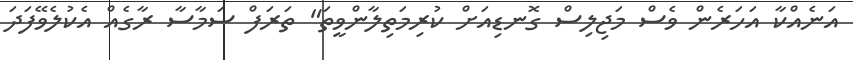
އަނެއްކާ އަހަރެން ވެސް މަޖިލިސް ގޮނޑިއަށް ކުރިމަތިލާންވީތަ" ތަރަފް ސަމާސާ ރާގެއް އެކުލެވޭފަދަ